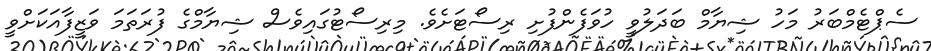
ސެޕްޓެމްބަރު މަހު ޝިޔާމް ބަދަލުވީ ހުވަފެންފުށި ރިސޯޓަށެވެ. މިރިސޯޓުގައިވެސް ޝިޔާމްގެ ފުރަތަމަ ވަޒީފާއަކަށްވީ